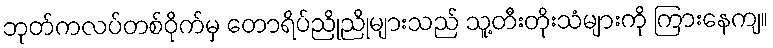
ဘုတ်ကလပ်တစ်ဝိုက်မှ တောရိပ်ညိုညိုများသည် သူ့တီးတိုးသံများကို ကြားနေကျ။